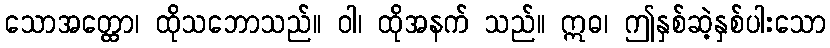
သောအတ္ထော၊ ထိုသဘောသည်။ ဝါ၊ ထိုအနက် သည်။ ဣဓ၊ ဤနှစ်ဆဲ့နှစ်ပါးသော